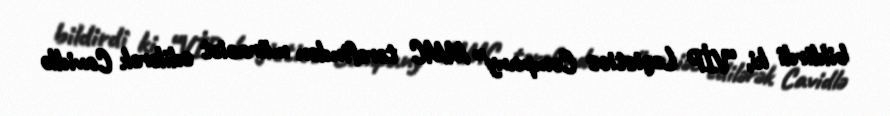
bildirdi ki, “VİP Logistics Company” MMC tərəfindən müraciət edilərək Cavidlə